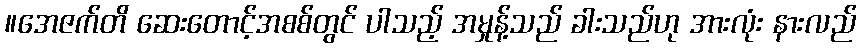
။အေဇက်တိ ဆေးတောင့်အစစ်တွင် ပါသည့် အမှုန့်သည် ခါးသည်ဟု အားလုံး နားလည်